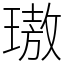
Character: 璈